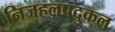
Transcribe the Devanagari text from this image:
निजहलपदुकल